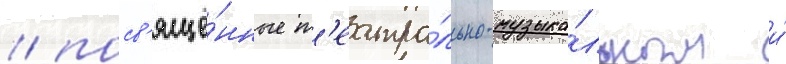
/ посв'ящё́нные т'еатра́льно-музыка́льным и́